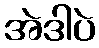
အဲဒါပဲ